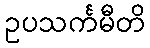
ဥပသင်္ကမီတိ